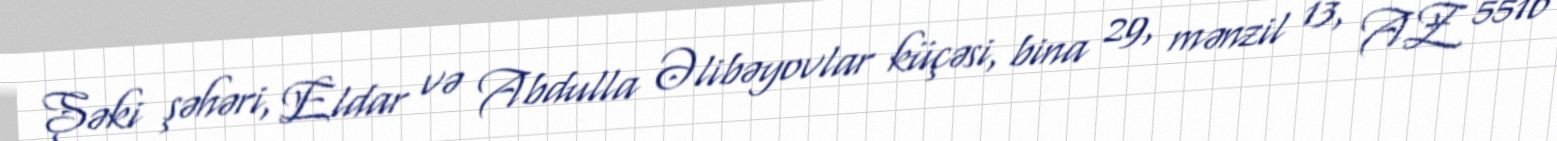
Şəki şəhəri, Eldar və Abdulla Əlibəyovlar küçəsi, bina 29, mənzil 13, AZ 5516